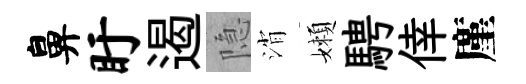
鼻盱遏隐消嬾騁倖廑